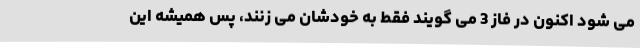
می شود اکنون در فاز 3 می گویند فقط به خودشان می زنند، پس همیشه این